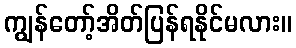
ကျွန်တော့်အိတ်ပြန်ရနိုင်မလား။